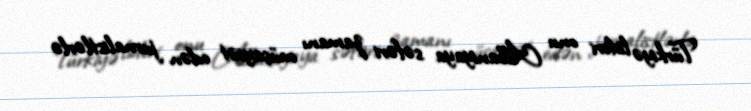
Türkiyə lideri onu Albaniyaya səfəri zamanı müşayiət edən jurnalistlərlə